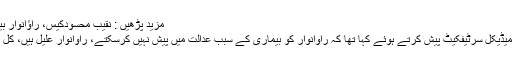
مزید پڑھیں : نقیب محسودکیس، راؤانوار بیمار، عدالت میں پیش نہ ہوئے
جیل حکام نے دوران سماعت میڈیکل سرٹیفکیٹ پیش کرتے ہوئے کہا تھا کہ راؤانوار کو بیماری کے سبب عدالت میں پیش نہیں کرسکتے، راؤانوار علیل ہیں، کل ڈاکٹروں نے چیک اپ کیا ہے۔